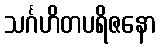
သင်္ဂဟိတပရိဇနော